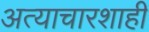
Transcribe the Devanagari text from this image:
अत्याचारशाही